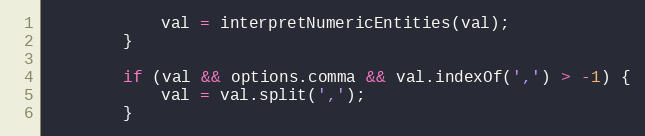
Language: JavaScript
            val = interpretNumericEntities(val);
        }

        if (val && options.comma && val.indexOf(',') > -1) {
            val = val.split(',');
        }